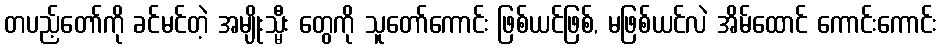
တပည့်တော်ကို ခင်မင်တဲ့ အမျိုးသ္မီး တွေကို သူတော်ကောင်း ဖြစ်ယင်ဖြစ်, မဖြစ်ယင်လဲ အိမ်ထောင် ကောင်းကောင်း